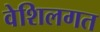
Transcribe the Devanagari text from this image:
वेशिलगत